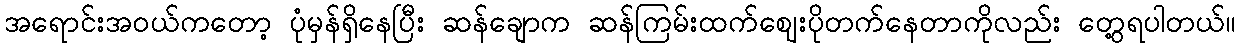
အရောင်းအဝယ်ကတော့ ပုံမှန်ရှိနေပြီး ဆန်ချောက ဆန်ကြမ်းထက်ဈေးပိုတက်နေတာကိုလည်း တွေ့ရပါတယ်။